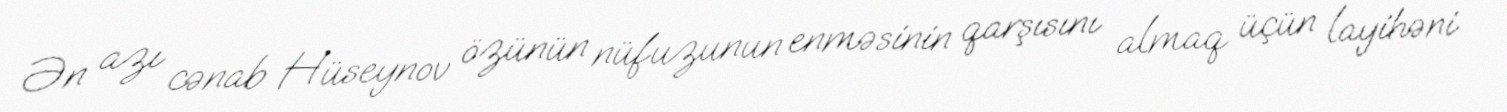
Ən azı cənab Hüseynov özünün nüfuzunun enməsinin qarşısını almaq üçün layihəni